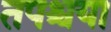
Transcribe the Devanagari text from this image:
तपश्चया